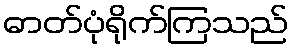
ဓာတ်ပုံရိုက်ကြသည်